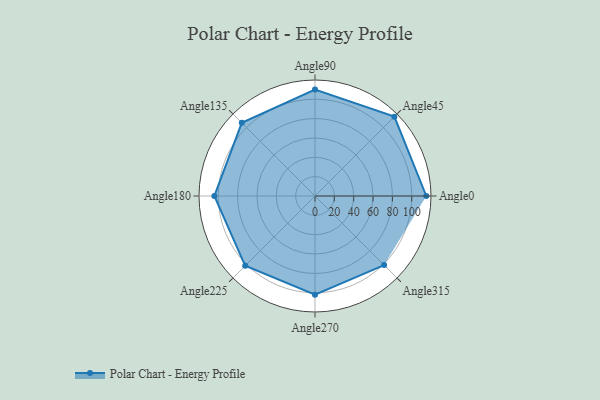
{"axis": {"x": "Angle", "y": "Radius"}, "legend": [""], "data": [{"x": "Angle0", "y": 115.0, "type": ""}, {"x": "Angle45", "y": 116.0, "type": ""}, {"x": "Angle90", "y": 110.0, "type": ""}, {"x": "Angle135", "y": 107.0, "type": ""}, {"x": "Angle180", "y": 104.0, "type": ""}, {"x": "Angle225", "y": 102.0, "type": ""}, {"x": "Angle270", "y": 102.0, "type": ""}, {"x": "Angle315", "y": 101.0, "type": ""}]}